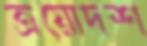
ত্রয়োদশ